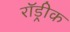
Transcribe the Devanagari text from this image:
रॉड्रीक